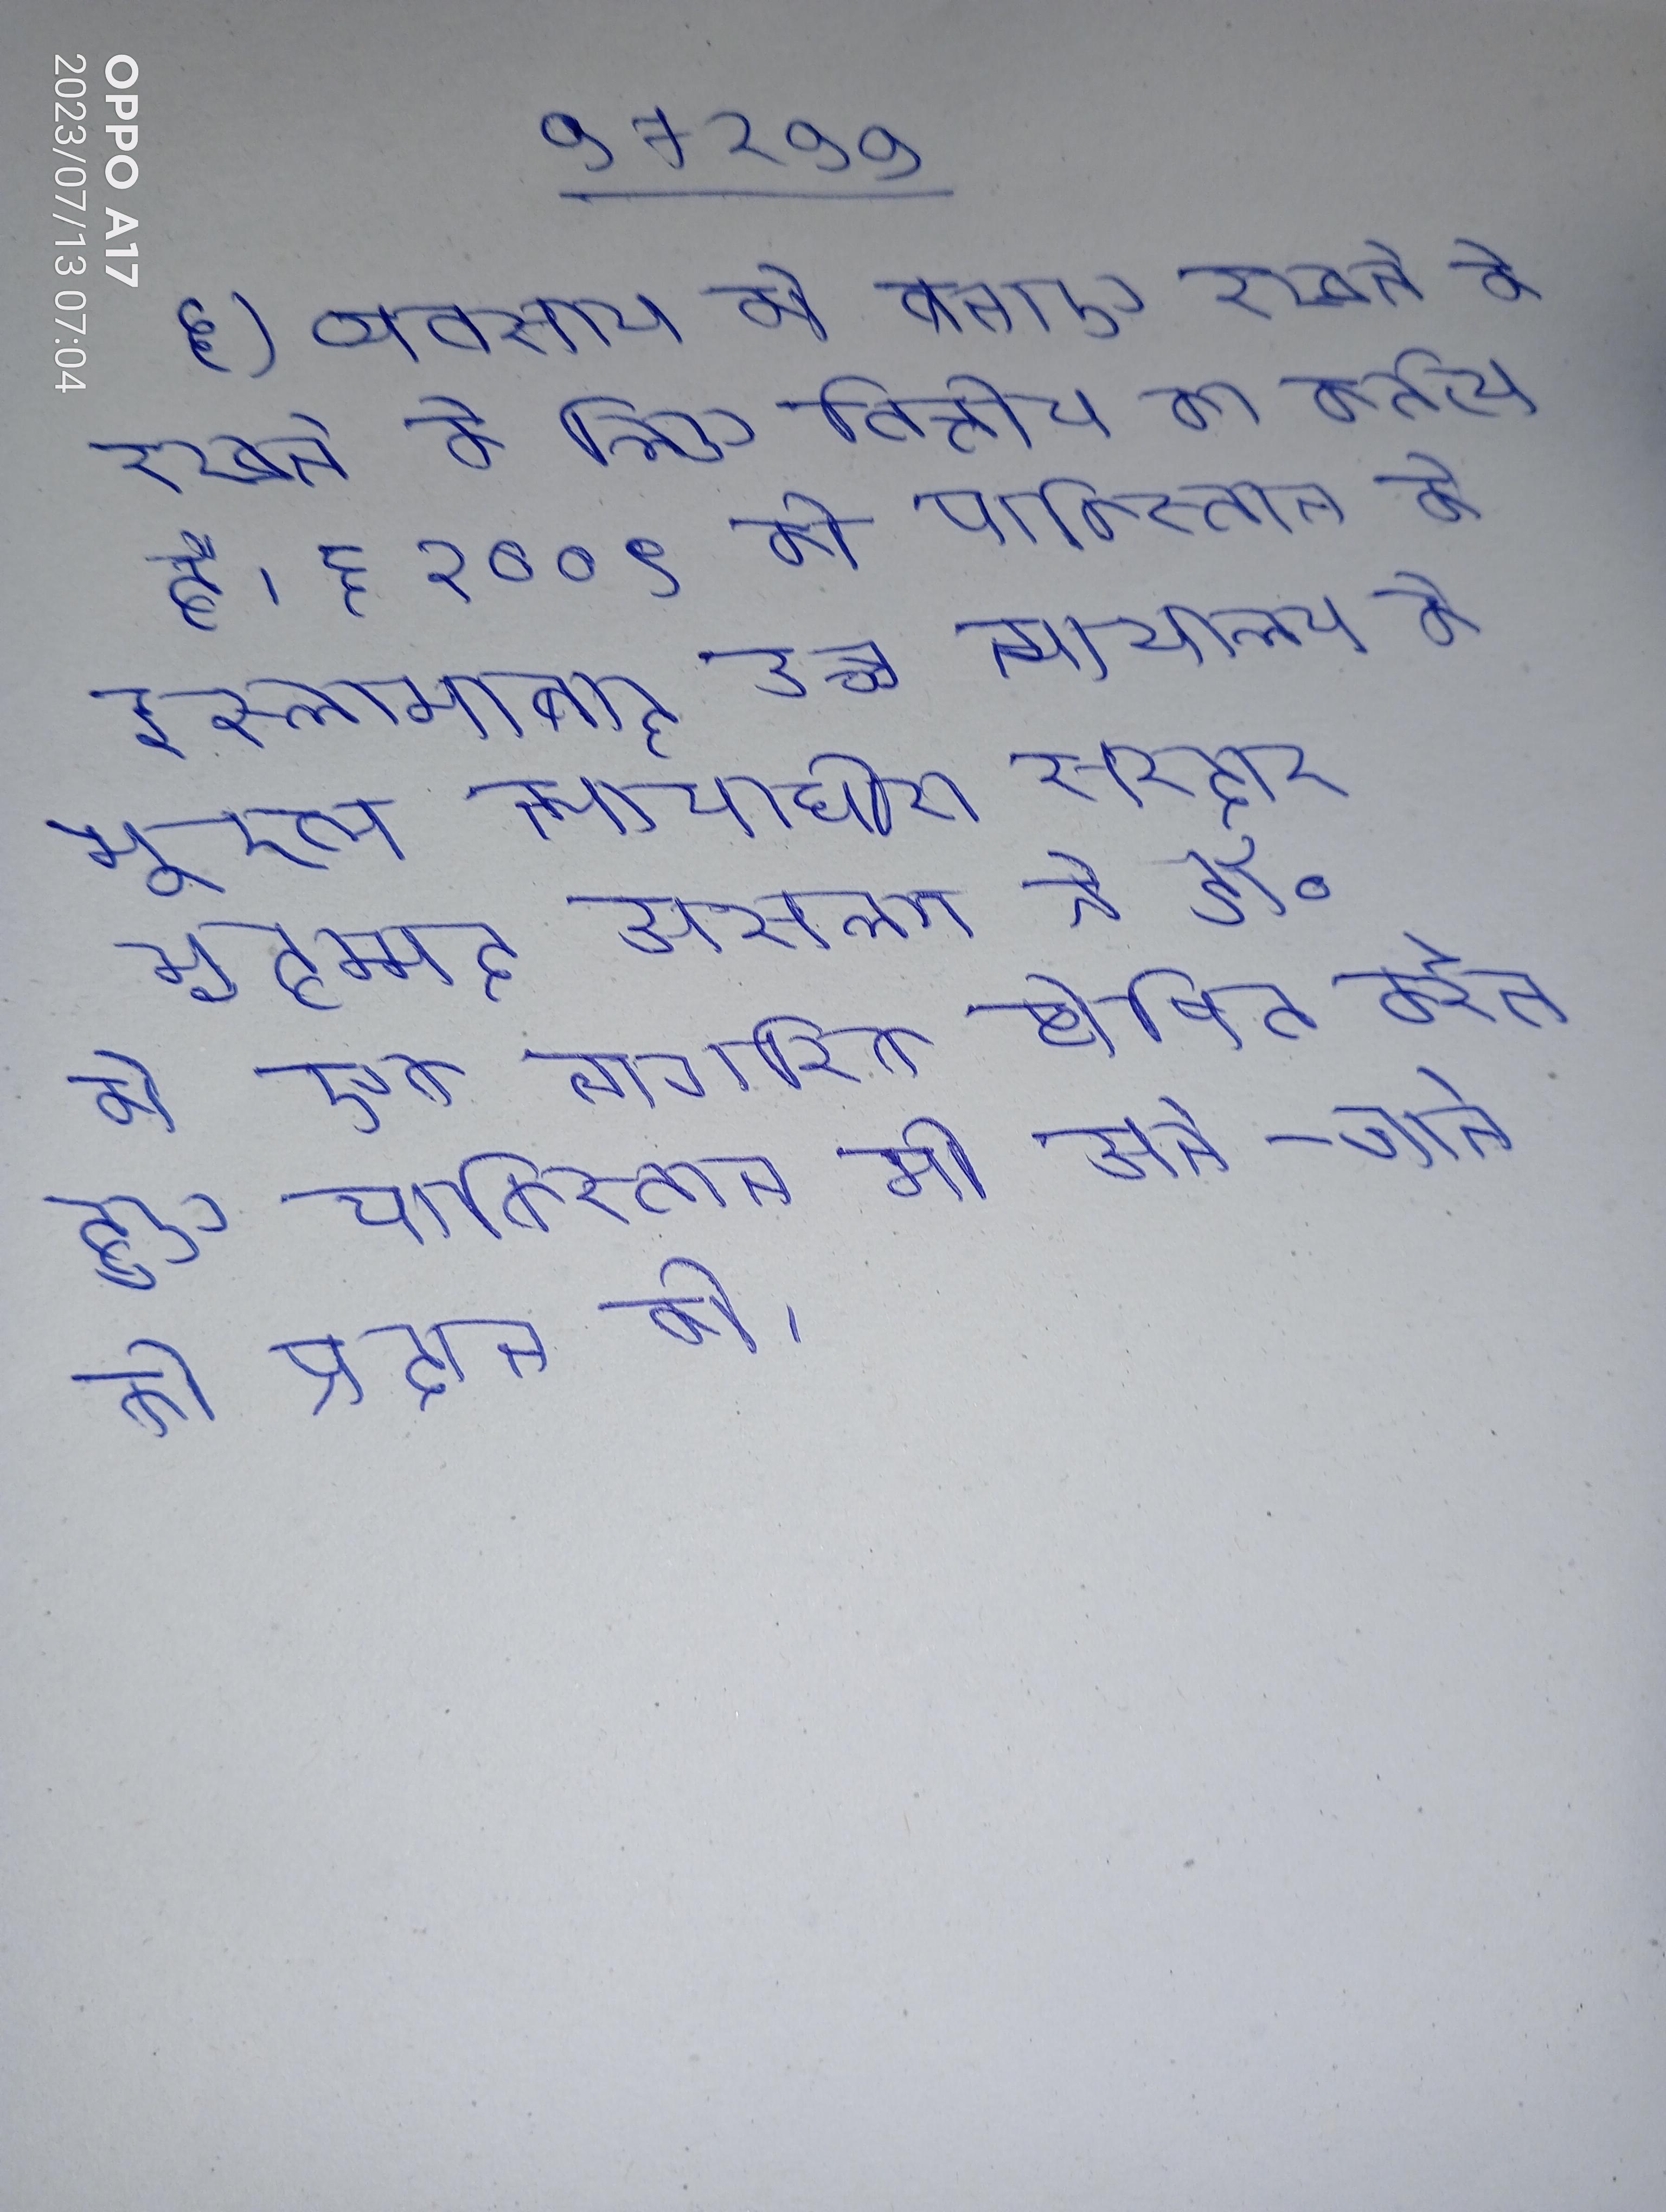
६) व्यवसाय को बनाए रखने के रखने के लिए वित्तीय का कर्तव्य है । ६ २००९ को पाकिस्तान के इस्लामाबाद उच्च न्यायालय के मुख्य न्यायाधीश सरदार मुहम्मद असलम ने डॉ॰ को एक नागरिक घोषित करते हुए पाकिस्तान भी आने-जाने की प्रदान की ।